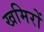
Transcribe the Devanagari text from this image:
खमिरों